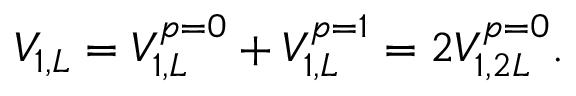
V _ { 1 , L } = V _ { 1 , L } ^ { p = 0 } + V _ { 1 , L } ^ { p = 1 } = 2 V _ { 1 , 2 L } ^ { p = 0 } .